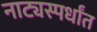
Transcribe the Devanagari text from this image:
नाट्यस्पर्धांत